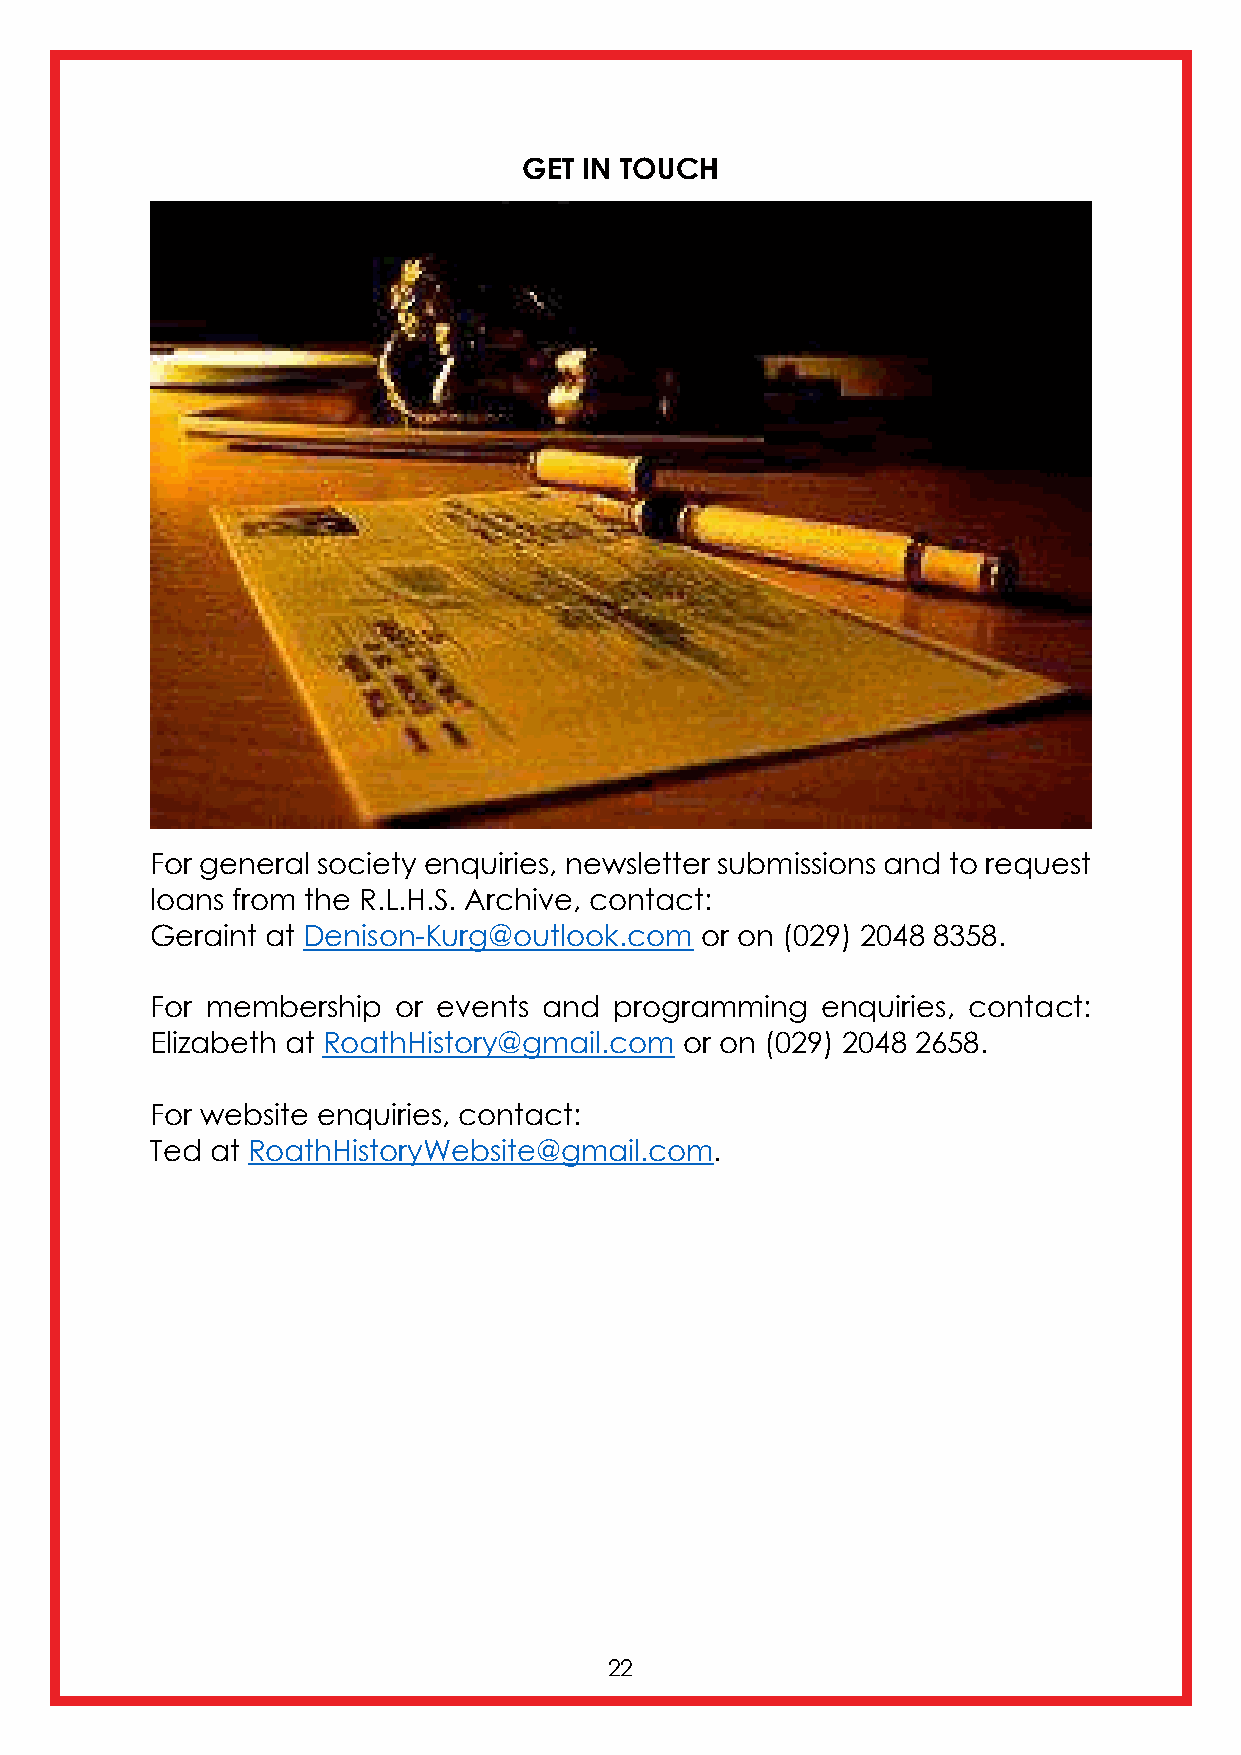
GET IN TOUCH
 For general society enquiries, newsletter submissions and to request
 loans from the R.L.H.S. Archive, contact:
 Geraint at Denison-Kurg@outlook.com or on (029) 2048 8358.
 For membership  or events and  programming  enquiries, contact:
 Elizabeth at RoathHistory@gmail.com or on (029) 2048 2658.
 For website enquiries, contact:
 Ted at RoathHistoryWebsite@gmail.com.
 22